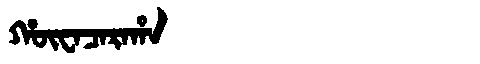
Manchu: ᡥᡡᠸᠠᠴᠠᡵᠠᡥᠠ
Romanization: HŪWACARAHA